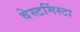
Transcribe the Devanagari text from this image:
वेस्टमिंस्टा